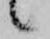
候